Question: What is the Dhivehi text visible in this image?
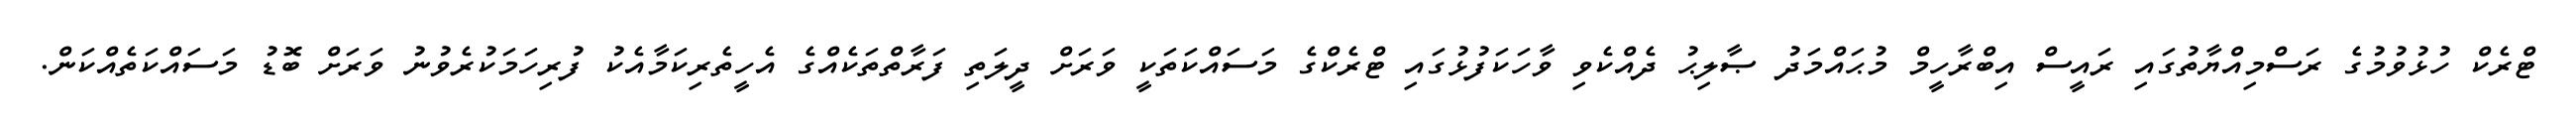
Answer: ޓްރެކް ހުޅުވުމުގެ ރަސްމިއްޔާތުގައި ރައީސް އިބްރާހީމް މުޙައްމަދު ޞާލިޙު ދެއްކެވި ވާހަކަފުޅުގައި ޓްރެކްގެ މަސައްކަތަކީ ވަރަށް ދީލަތި ފަރާތްތަކެއްގެ އެހީތެރިކަމާއެކު ފުރިހަމަކުރެވުނު ވަރަށް ބޮޑު މަސައްކަތެއްކަން.